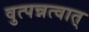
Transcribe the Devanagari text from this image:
वुत्पन्नत्वात्